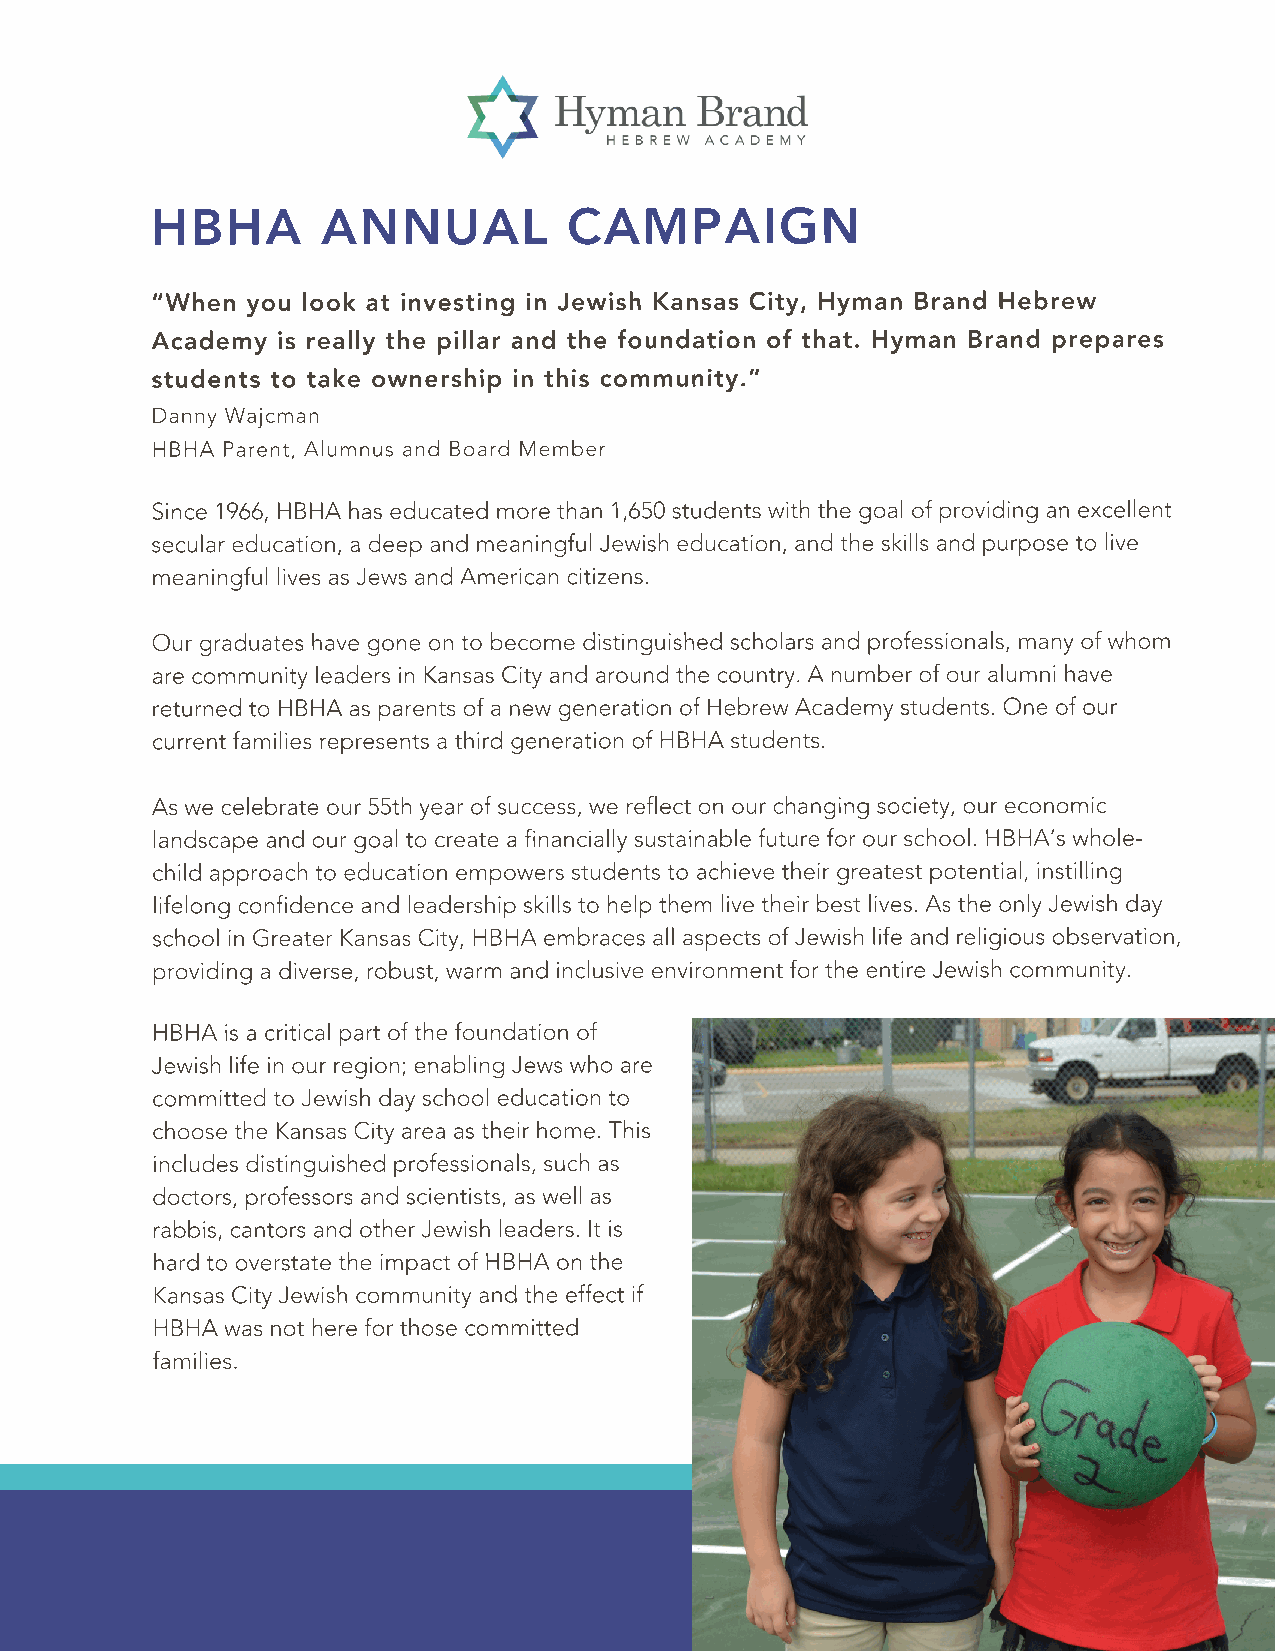
HBHA       ANNUAL           CAMPAIGN
 “When you look at investing in Jewish Kansas City, Hyman Brand Hebrew
 Academy is really the pillar and the foundation of that. Hyman Brand prepares
 students to take ownership in this community.”
 Danny Wajcman
 HBHA Parent, Alumnus and Board Member
 Since 1966, HBHA has educated more than 1,650 students with the goal of providing an excellent
 secular education, a deep and meaningful Jewish education, and the skills and purpose to live
 meaningful lives as Jews and American citizens.
 Our graduates have gone on to become distinguished scholars and professionals, many of whom
 are community leaders in Kansas City and around the country. A number of our alumni have
 returned to HBHA as parents of a new generation of Hebrew Academy students. One of our
 current families represents a third generation of HBHA students.
 As we celebrate our 55th year of success, we reflect on our changing society, our economic
 landscape and our goal to create a financially sustainable future for our school. HBHA’s whole-
 child approach to education empowers students to achieve their greatest potential, instilling
 lifelong confidence and leadership skills to help them live their best lives. As the only Jewish day
 school in Greater Kansas City, HBHA embraces all aspects of Jewish life and religious observation,
 providing a diverse, robust, warm and inclusive environment for the entire Jewish community.
 HBHA is a critical part of the foundation of
 Jewish life in our region; enabling Jews who are
 committed to Jewish day school education to
 choose the Kansas City area as their home. This
 includes distinguished professionals, such as
 doctors, professors and scientists, as well as
 rabbis, cantors and other Jewish leaders. It is
 hard to overstate the impact of HBHA on the
 Kansas City Jewish community and the effect if
 HBHA was not here for those committed
 families.